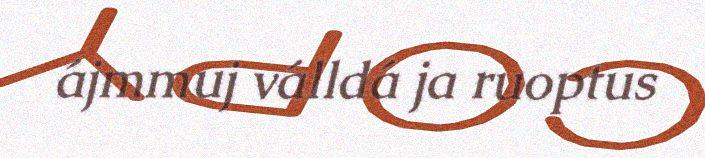
ájmmuj válldá ja ruoptus